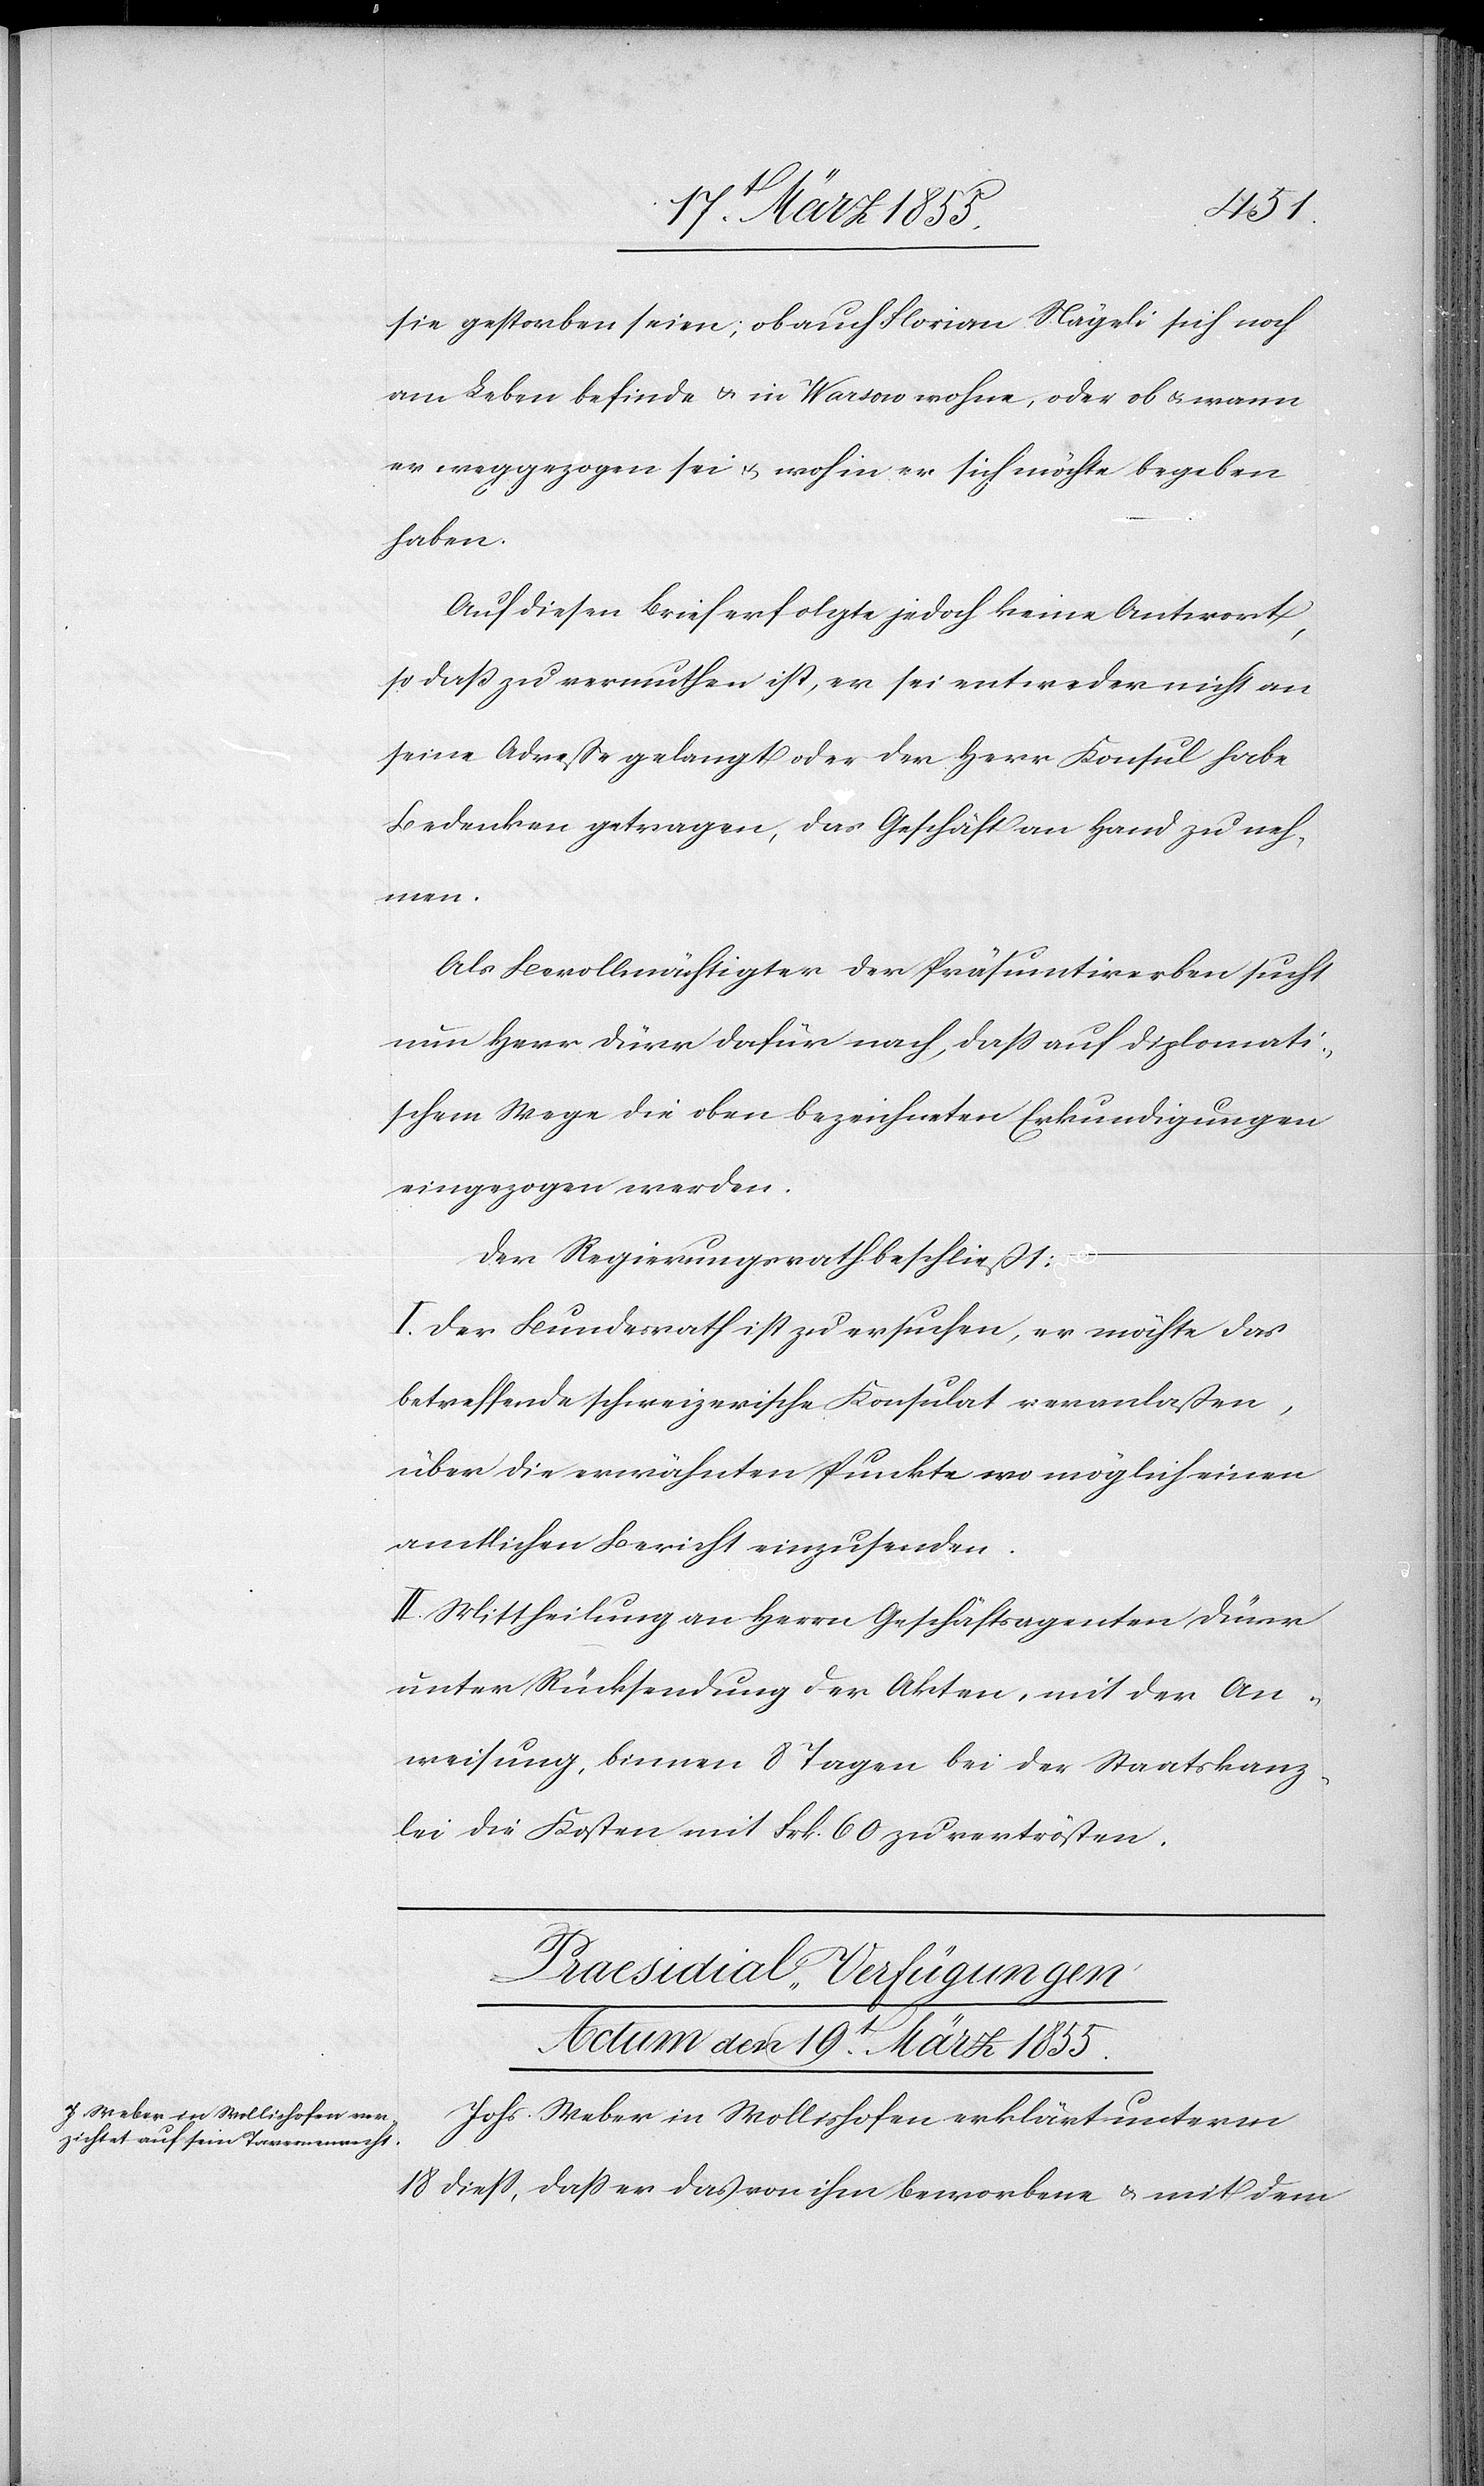
sie gestorben seien; ob auch Florian Nägeli sich noch
am Leben befinde & in Warsow wohne, oder ob & wann
er weggezogen sei & wohin er sich möchte begeben
haben.
Auf diesen Brief erfolgte jedoch keine Antwort,
so daß zu vermuthen ist, er sei entweder nicht an
seine Adreße gelangt oder der Herr Konsul habe
Bedenken getragen, das Geschäft an Hand zu neh¬
men.
Als Bevollmächtigter der Präsumtirerben sucht
nun Herr Dürr dafür nach, dass auf diplomati¬
schem Wege die oben bezeichneten Erkundigungen
eingezogen werden.
Der Regierungsrath beschließt:
I. Der Bundesrath ist zu ersuchen, er möchte das
betreffende schweizerische Konsulat veranlaßen,
über die erwähnten Punkte wo möglich einen
amtlichen Bericht einzusenden.
II. Mittheilung an Herrn Geschäftsagenten Dürr
unter Rücksendung der Akten, mit der An¬
weisung, binnen 8 Tagen bei der Staatskanz¬
lei die Kosten mit Frk. 60 zu vertrösten.
Praesidial-Verfügungen.
Actum den 19t. März 1855.
Johs. Weber in Wollishofen erklärt unterm
18 diess, dass er das von ihm beworbene & mit dem